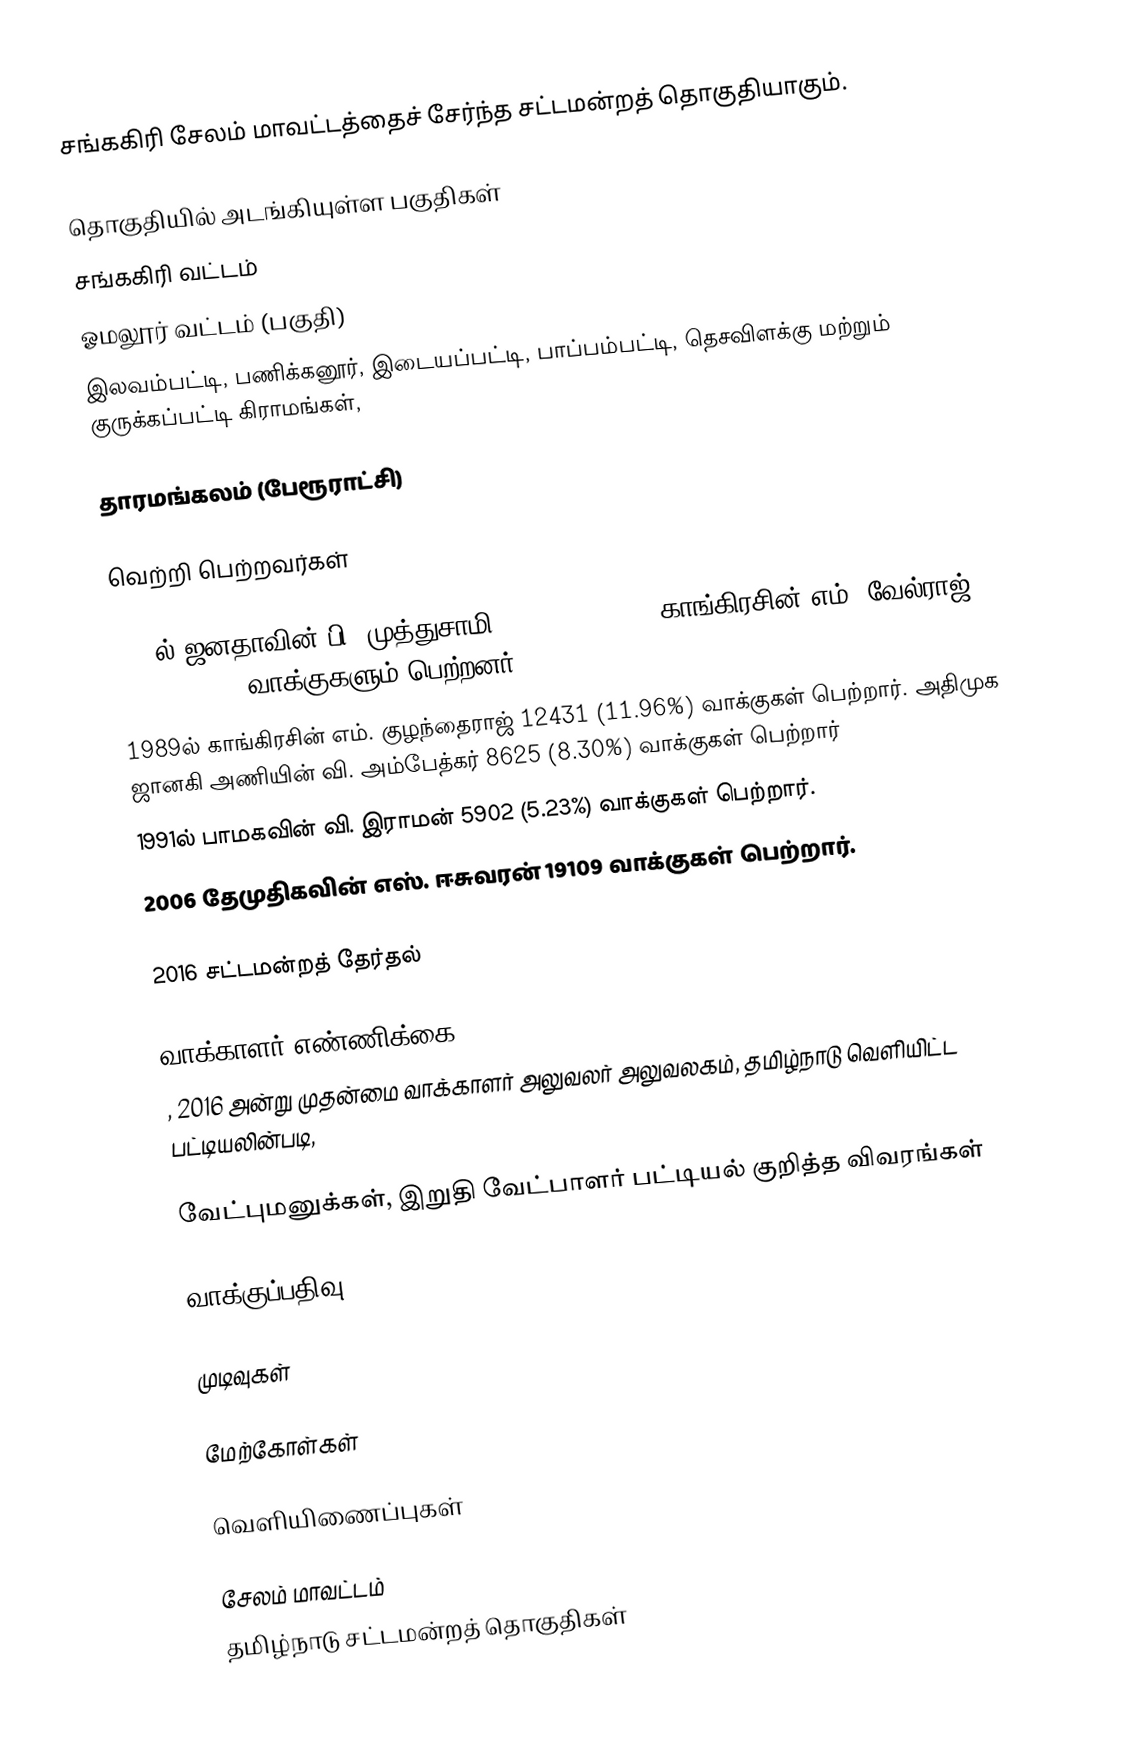
சங்ககிரி சேலம் மாவட்டத்தைச் சேர்ந்த சட்டமன்றத் தொகுதியாகும்.

தொகுதியில் அடங்கியுள்ள பகுதிகள்
சங்ககிரி வட்டம்
ஓமலூர் வட்டம் (பகுதி)
இலவம்பட்டி, பணிக்கனூர், இடையப்பட்டி, பாப்பம்பட்டி, தெசவிளக்கு மற்றும் குருக்கப்பட்டி கிராமங்கள்,

தாரமங்கலம் (பேரூராட்சி)

வெற்றி பெற்றவர்கள்

1977ல் ஜனதாவின் பி. முத்துசாமி 9131 (14.84%) & காங்கிரசின் எம். வேல்ராஜ் 5125 (8.33%) வாக்குகளும் பெற்றனர்.
1989ல் காங்கிரசின் எம். குழந்தைராஜ் 12431 (11.96%) வாக்குகள் பெற்றார். அதிமுக ஜானகி அணியின் வி. அம்பேத்கர் 8625 (8.30%) வாக்குகள் பெற்றார்
1991ல் பாமகவின் வி. இராமன் 5902 (5.23%) வாக்குகள் பெற்றார்.
2006 தேமுதிகவின் எஸ். ஈசுவரன் 19109 வாக்குகள் பெற்றார்.

2016 சட்டமன்றத் தேர்தல்

வாக்காளர் எண்ணிக்கை
, 2016 அன்று முதன்மை வாக்காளர் அலுவலர் அலுவலகம், தமிழ்நாடு வெளியிட்ட பட்டியலின்படி,

வேட்புமனுக்கள், இறுதி வேட்பாளர் பட்டியல் குறித்த விவரங்கள்

வாக்குப்பதிவு

முடிவுகள்

மேற்கோள்கள்

வெளியிணைப்புகள்

சேலம் மாவட்டம்
தமிழ்நாடு சட்டமன்றத் தொகுதிகள்